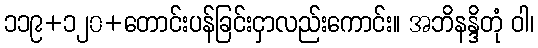
၁၁၉+၁၂၀+တောင်းပန်ခြင်းငှာလည်းကောင်း။ အဘိနန္ဒိတုံ ဝါ၊